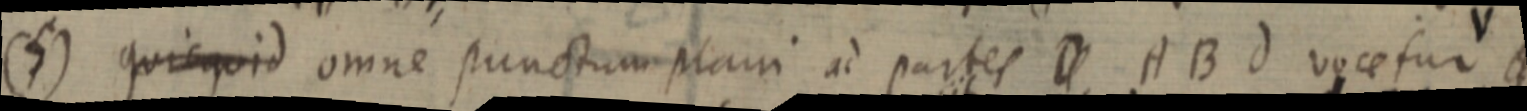
(7) quicquid omne punctum plani ad partes D. AB d vocefur